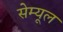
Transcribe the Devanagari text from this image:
सेम्यूल